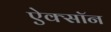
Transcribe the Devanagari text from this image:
ऐक्सॉन